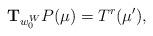
LaTeX: \begin{align*}&{\bf T}_{w_0^W}P(\mu) = T^r(\mu'),\end{align*}